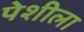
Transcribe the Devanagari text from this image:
पेशीला